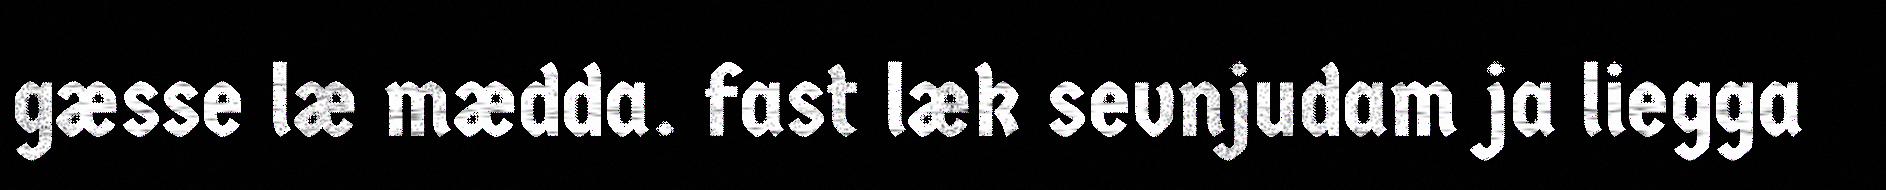
gæsse læ mædda. fast læk sevnjudam ja liegga